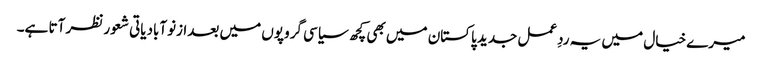
میرے خیال میں یہ ردِعمل جدید پاکستان میں بھی کچھ سیاسی گروپوں میں بعدازنوآبادیاتی شعور نظر آتا ہے۔